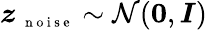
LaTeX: \boldsymbol z_{\mathrm{~\scriptsize~n~o~i~s~e~}}\sim\mathcal N(\boldsymbol 0,\boldsymbol I)